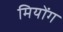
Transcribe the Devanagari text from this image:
मियोंग